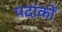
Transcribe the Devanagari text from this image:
पदांकों